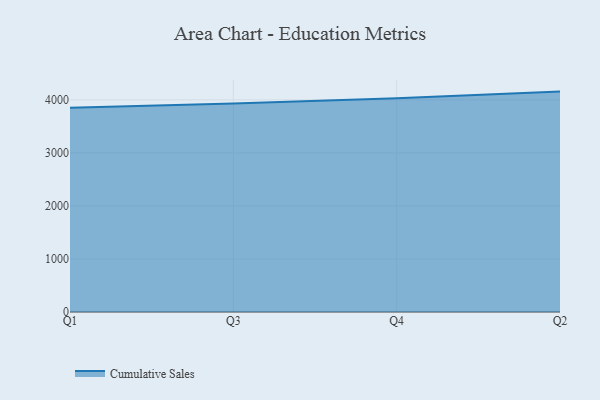
{"axis": {"x": "Quarter", "y": "Shipments"}, "legend": ["Cumulative Sales"], "data": [{"x": "Q1", "y": 3850.8, "type": "Cumulative Sales"}, {"x": "Q3", "y": 3930.7, "type": "Cumulative Sales"}, {"x": "Q4", "y": 4031.4, "type": "Cumulative Sales"}, {"x": "Q2", "y": 4155.4, "type": "Cumulative Sales"}]}